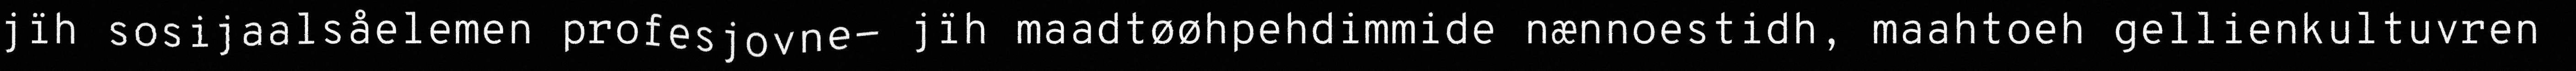
jïh sosijaalsåelemen profesjovne- jïh maadtøøhpehdimmide nænnoestidh, maahtoeh gellienkultuvren